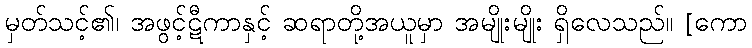
မှတ်သင့်၏၊ အဖွင့်ဋီကာနှင့် ဆရာတို့အယူမှာ အမျိုးမျိုး ရှိလေသည်။ [ကော